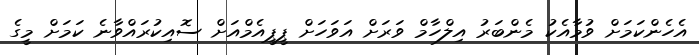
އެހެންކަމަށް ވުމާއެކު މެންބަރު އިލްހާމް ވަރަށް އަވަހަށް ޕީޕީއެމްއަށް ސޮއިކުރައްވާނެ ކަމަށް މީގެ